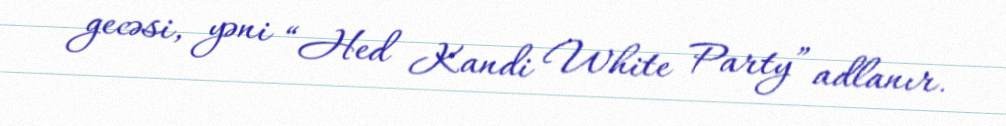
gecəsi, yəni “Hed Kandi White Party” adlanır.